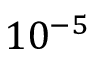
1 0 ^ { - 5 }